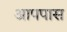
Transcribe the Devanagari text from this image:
आपपास